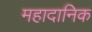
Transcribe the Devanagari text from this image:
महादानिक